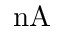
\mathrm { n A }